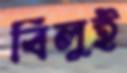
বিলুই